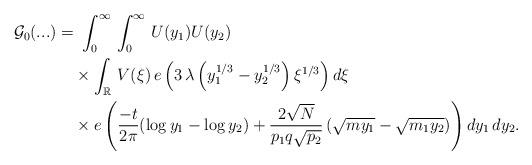
LaTeX: \begin{align*}\mathcal{G}_{0}(...) =&\, \,\int_0^ \infty\,\int_0^ \infty\,U(y_1) U(y_2)\,\\&\times \int_{\mathbb{R}}\, V(\xi)\, e\left(3\,\lambda \left({y^{1/3}_1} -{y^{1/3}_2}\right)\xi^{1/3} \right) d\xi\\&\times e\left(\frac{-t}{2\pi}(\log y_1-\log y_2) + \frac{2\sqrt{N}}{p_1q\sqrt{p_2}} \left({\sqrt{my_1}} - {\sqrt{m_1y_2}}\right) \right) dy_1\,dy_2.\end{align*}